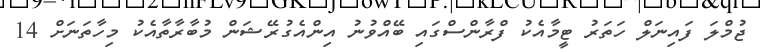
ޖުމްލަ ފައިނަލް ހަތަރު ޓީމާއެކު ފްރާންސްގައި ބޭއްވުނު އިންއެގުރޭޝަން މުބާރާތާއެކު މިހާތަނަށް 14